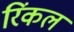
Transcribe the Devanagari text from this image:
रिंकल